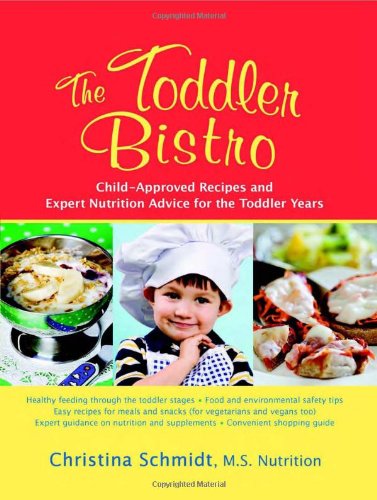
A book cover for The Toddler Bistro: Child-Approved Recipes and Expert Nutrition Advice for the Toddler Years; Christina Schmidt MS; Cookbooks, Food & Wine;